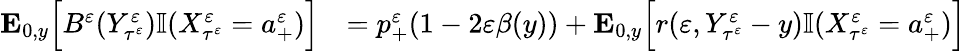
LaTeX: \begin{array}{rl}{\mathbf{E}_{0,y}\Big[B^{\varepsilon}(Y_{\tau^{\varepsilon}}^{\varepsilon})\mathbb{I}(X_{\tau^{\varepsilon}}^{\varepsilon}=a_{+}^{\varepsilon})\Big]}&{=p_{+}^{\varepsilon}(1-2\varepsilon\beta(y))+\mathbf{E}_{0,y}\Big[r(\varepsilon,Y_{\tau^{\varepsilon}}^{\varepsilon}-y)\mathbb{I}(X_{\tau^{\varepsilon}}^{\varepsilon}=a_{+}^{\varepsilon})\Big]}\end{array}